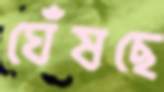
ঘেঁষছে